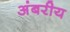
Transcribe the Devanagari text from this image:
अंबरीय